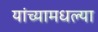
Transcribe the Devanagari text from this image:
यांच्यामधल्या